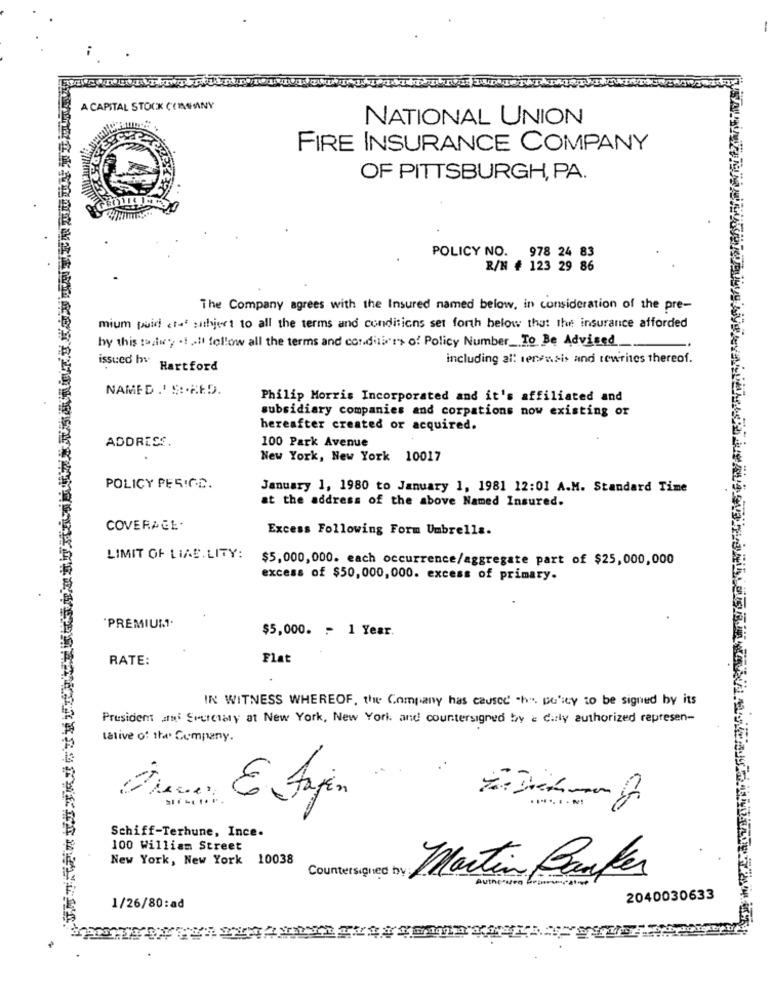
A CAPITAL STOCK COMPANY
NATIONAL UNION
FIRE INSURANCE COMPANY
OF PITTSBURGH, PA.
POLICY NO. 978 24 83
R/N # 123 29 86
The Company agrees with the Insured named below, in consideration of the pre-
mium puid etaf subject to all the terms and conditions set forth below that the insurance afforded
by this maatwy .! .. " follow all the terms and cordilar's of Policy Number_To Be Advised
issued h.
including all servasis and rewrites thereof.
Hartford
NAMED.' S :. MED.
Philip Morris Incorporated and it's affiliated and
subsidiary companies and corpations now existing or
hereafter created or acquired.
100 Park Avenue
ADDRESS
New York, New York 10017
POLICY PERIOD.
January 1, 1980 to January 1, 1981 12:01 A.M. Standard Time
at the address of the above Named Insured.
COVERAGE.
Excess Following Form Umbrella.
LIMIT OF LINE. LITY:
$5,000,000. each occurrence/aggregate part of $25,000,000
excess of $50,000,000. excess of primary.
"PREMIUM".
$5,000. ~ 1 Year.
RATE:
Flat
IN WITNESS WHEREOF, the Company has caused "h". po'ity to be signed by its
President and Societaly at New York, New York and countersigned by e dirly authorized represen-
tative of the Company.
E Jajin
Schiff-Terhune, Ince-
100 William Street
New York, New York 10038
Countersigned by
Martin Brukes
Autherseg begues, ative
2040030633
1/26/80:ad